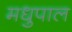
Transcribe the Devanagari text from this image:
मधुपाल